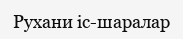
Рухани іс-шаралар